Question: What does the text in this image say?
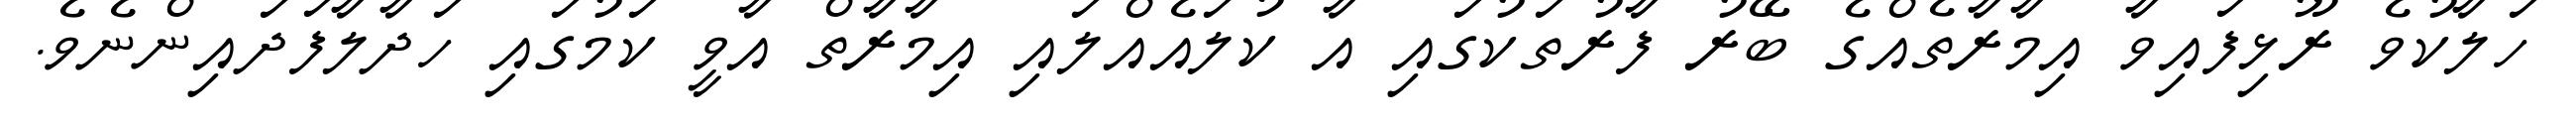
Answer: ހަލާކުވެ ރޫޅިފައިވާ އިމާރާތެއްގެ ބޭރު ފާރުތަކުގައި އާ ކުލައެއްލައި އިމާރާތް އާވީ ކަމުގައި ހަދާލާފަދައިންނެވެ.